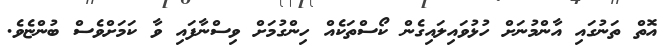
އޮތް ތަނުގައި އާންމުނަށް ހުޅުވައިލައިގެން ކޯސްތަކެއް ހިންގުމަށް ވިސްނާފައި ވާ ކަމަށްވެސް ބުންޏެވެ.